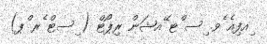
ިއފިއެ ެވ. ިސ ްޓ ޭއޝަން ރިޕޯޓް ( ިސޓް ެރ ްޕ)